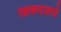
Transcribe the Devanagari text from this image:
रक्षकदलाचे